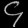
Digit: ၄